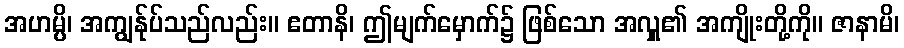
အဟမ္ပိ၊ အကျွန်ုပ်သည်လည်း။ ဧတာနိ၊ ဤမျက်မှောက်၌ ဖြစ်သော အလှူ၏ အကျိုးတို့ကို။ ဇာနာမိ၊